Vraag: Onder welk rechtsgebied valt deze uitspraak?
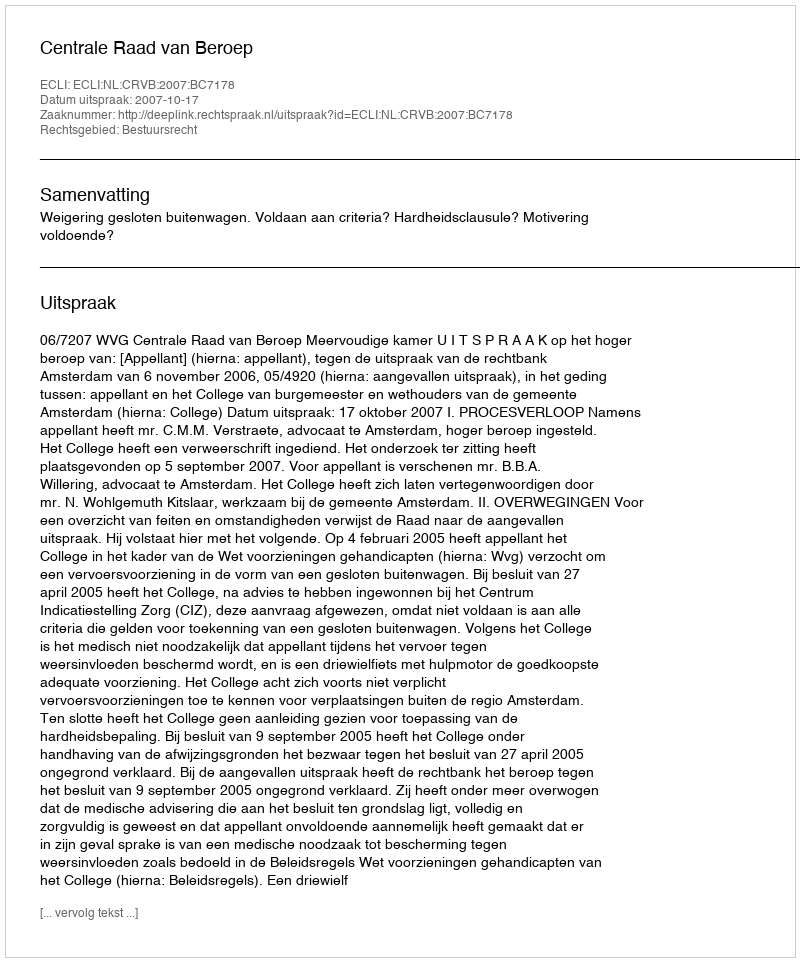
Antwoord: Bestuursrecht